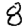
Digit: 8